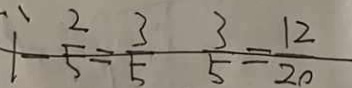
1 - \frac { 2 } { 5 } = \frac { 3 } { 5 } \frac { 3 } { 5 } = \frac { 1 2 } { 2 0 }